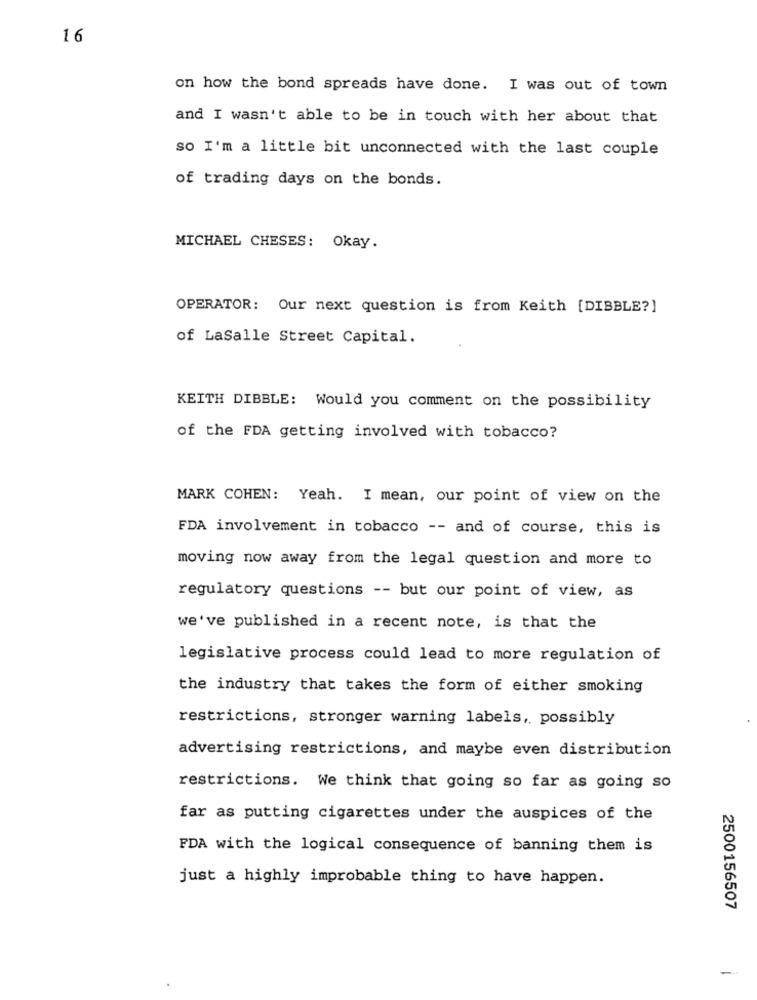
16
on how the bond spreads have done. I was out of town
and I wasn't able to be in touch with her about that
so I'm a little bit unconnected with the last couple
of trading days on the bonds.
MICHAEL CHESES: Okay.
OPERATOR: Our next question is from Keith [DIBBLE?]
of Lasalle Street Capital.
KEITH DIBBLE: Would you comment on the possibility
of the FDA getting involved with tobacco?
MARK COHEN: Yeah. I mean, our point of view on the
FDA involvement in tobacco -- and of course, this is
moving now away from the legal question and more to
regulatory questions -- but our point of view, as
we've published in a recent note, is that the
legislative process could lead to more regulation of
the industry that takes the form of either smoking
restrictions, stronger warning labels, possibly
advertising restrictions, and maybe even distribution
restrictions. We think that going so far as going so
far as putting cigarettes under the auspices of the
FDA with the logical consequence of banning them is
just a highly improbable thing to have happen.
2500156507